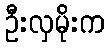
ဦးလှမိုးက